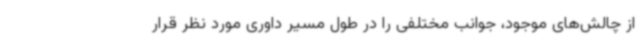
از چالش‌های موجود، جوانب مختلفی را در طول مسیر داوری مورد نظر قرار